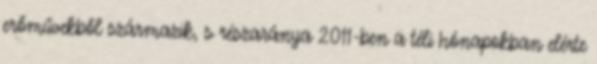
erőművekből származik, s részaránya 2011-ben a téli hónapokban elérte